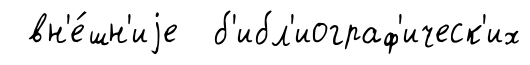
вн'е́шн'иjе б'ибл'иограф'ическ'их